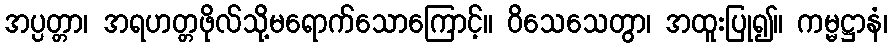
အပ္ပတ္တာ၊ အရဟတ္တဖိုလ်သို့မရောက်သောကြောင့်။ ဝိသေသေတွာ၊ အထူးပြု၍။ ကမ္မဋ္ဌာနံ၊